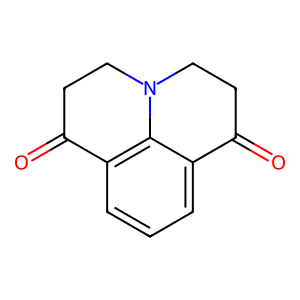
SMILES: O=C1CCN2CCC(=O)c3cccc1c32
Inhibits HIV replication: No